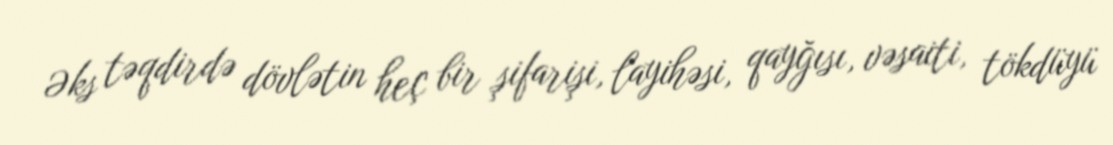
Əks təqdirdə dövlətin heç bir şifarişi, layihəsi, qayğısı, vəsaiti, tökdüyü